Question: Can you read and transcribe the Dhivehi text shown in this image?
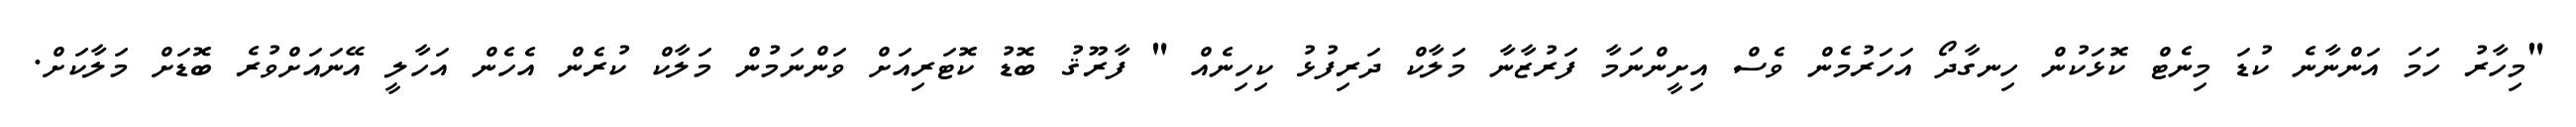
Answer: "މިހާރު ހަމަ އަންނާނެ ކުޑަ މިނެޓް ކޮޅަކުން ހިނގާދޯ އަހަރުމެން ވެސް އިށީންނަމާ ފަރުޒާނާ މަލާކް ދަރިފުޅު ކިހިނެއް " ފާރޫޤު ބޮޑު ކޮޓަރިއަށް ވަންނަމުން މަލާކް ކުރެން އެހެން އަހާލީ އޭނައަށްވުރެ ބޮޑަށް މަލާކަށް.